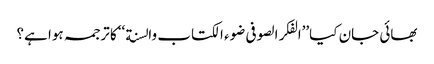
بھائی جان کیا’’الفکر الصوفی ضوء الکتاب والسنة ‘‘کا ترجمہ ہوا ہے؟